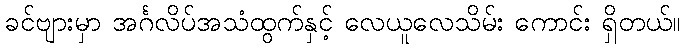
ခင်ဗျားမှာ အင်္ဂလိပ်အသံထွက်နှင့် လေယူလေသိမ်း ကောင်း ရှိတယ်။